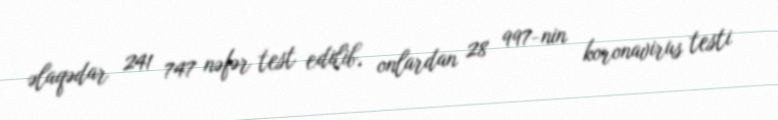
əlaqədar 241 747 nəfər test edilib, onlardan 28 997-nin koronavirus testi